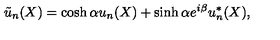
{ \tilde { u } } _ { n } ( X ) = \cosh \alpha u _ { n } ( X ) + \sinh \alpha e ^ { i \beta } u _ { n } ^ { * } ( X ) ,